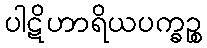
ပါဋိဟာရိယပက္ခဉ္စ